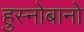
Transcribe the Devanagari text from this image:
हुस्नोबानो